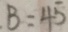
B = 4 5